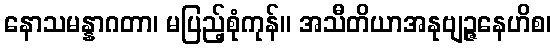
နောသမန္နာဂတာ၊ မပြည့်စုံကုန်။ အသီတိယာအနုဗျဉ္ဇနေဟိစ၊